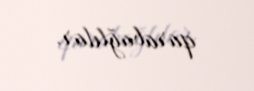
qarabağlılar.